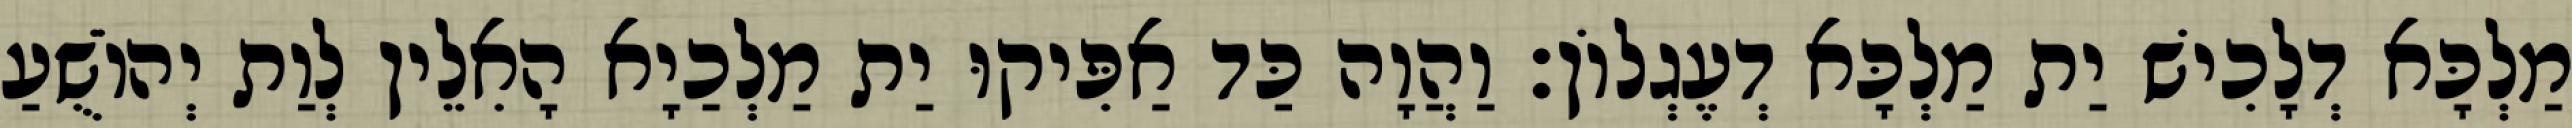
מַלְכָּא דְלָכִישׁ יַת מַלְכָּא דְעֶגְלוֹן׃ וַהֲוָה כַּד אַפִּיקוּ יַת מַלְכַיָא הָאִלֵין לְוַת יְהוֹשֻׁעַ